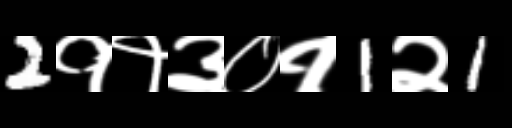
Text: 2११३०१1२1